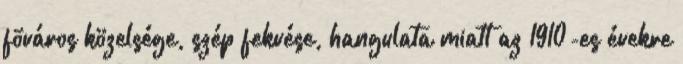
fõváros közelsége, szép fekvése, hangulata miatt az 1910-es évekre